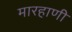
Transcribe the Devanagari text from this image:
मारहाणी